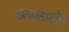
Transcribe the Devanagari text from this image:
अम्प्लात्ज़ेर